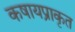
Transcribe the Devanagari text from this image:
कषायप्राकृत